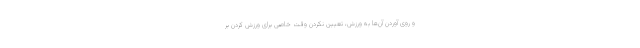
و روی آوردن آن‌ها به ورزش، تعیین نکردن وقت خاصی برای ورزش کردن بر